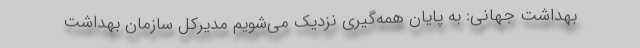
بهداشت جهانی: به پایان همه‌گیری نزدیک می‌شویم مدیرکل سازمان بهداشت